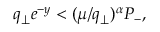
q _ { \perp } e ^ { - y } < ( \mu / q _ { \perp } ) ^ { \alpha } P _ { - } ,